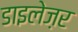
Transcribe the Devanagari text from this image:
डाइलेज़र